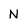
Character: N